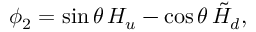
\phi _ { 2 } = \sin \theta \, H _ { u } - \cos \theta \, \tilde { H } _ { d } ,